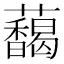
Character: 𬟞